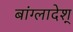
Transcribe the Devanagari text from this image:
बांग्लादेश्